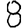
Digit: 8